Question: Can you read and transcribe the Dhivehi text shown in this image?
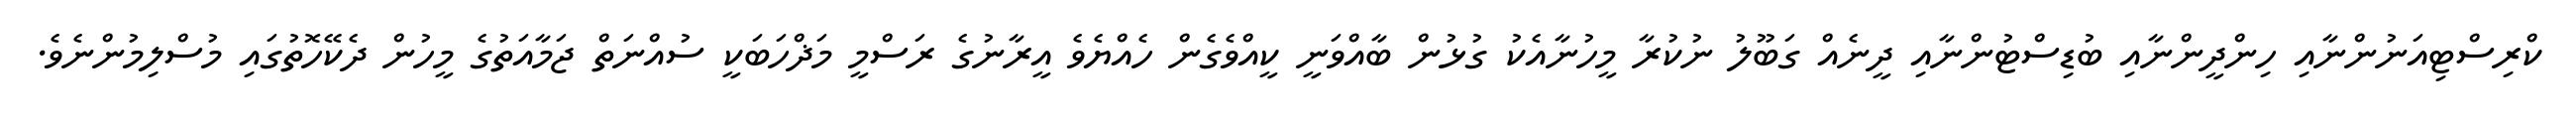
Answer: ކްރިސްޓިއަނުންނާއި ހިންދީންނާއި ބުޑިސްޓުންނާއި ދީނެއް ގަބޫލު ނުކުރާ މީހުނާއެކު ގުޅުން ބާއްވަނީ ކީއްވެގެން ހެއްޔެވެ އީރާނުގެ ރަސްމީ މަޛްހަބަކީ ސުއްނަތް ޖަމާއަތުގެ މީހުން ދެކޭހޮތުގައި މުސްލިމުންނެވެ.